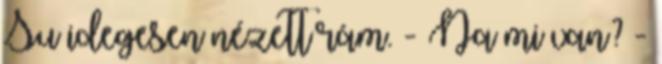
Su idegesen nézett rám. - Na mi van? -